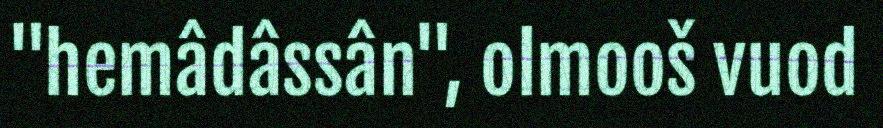
"hemâdâssân", olmooš vuod